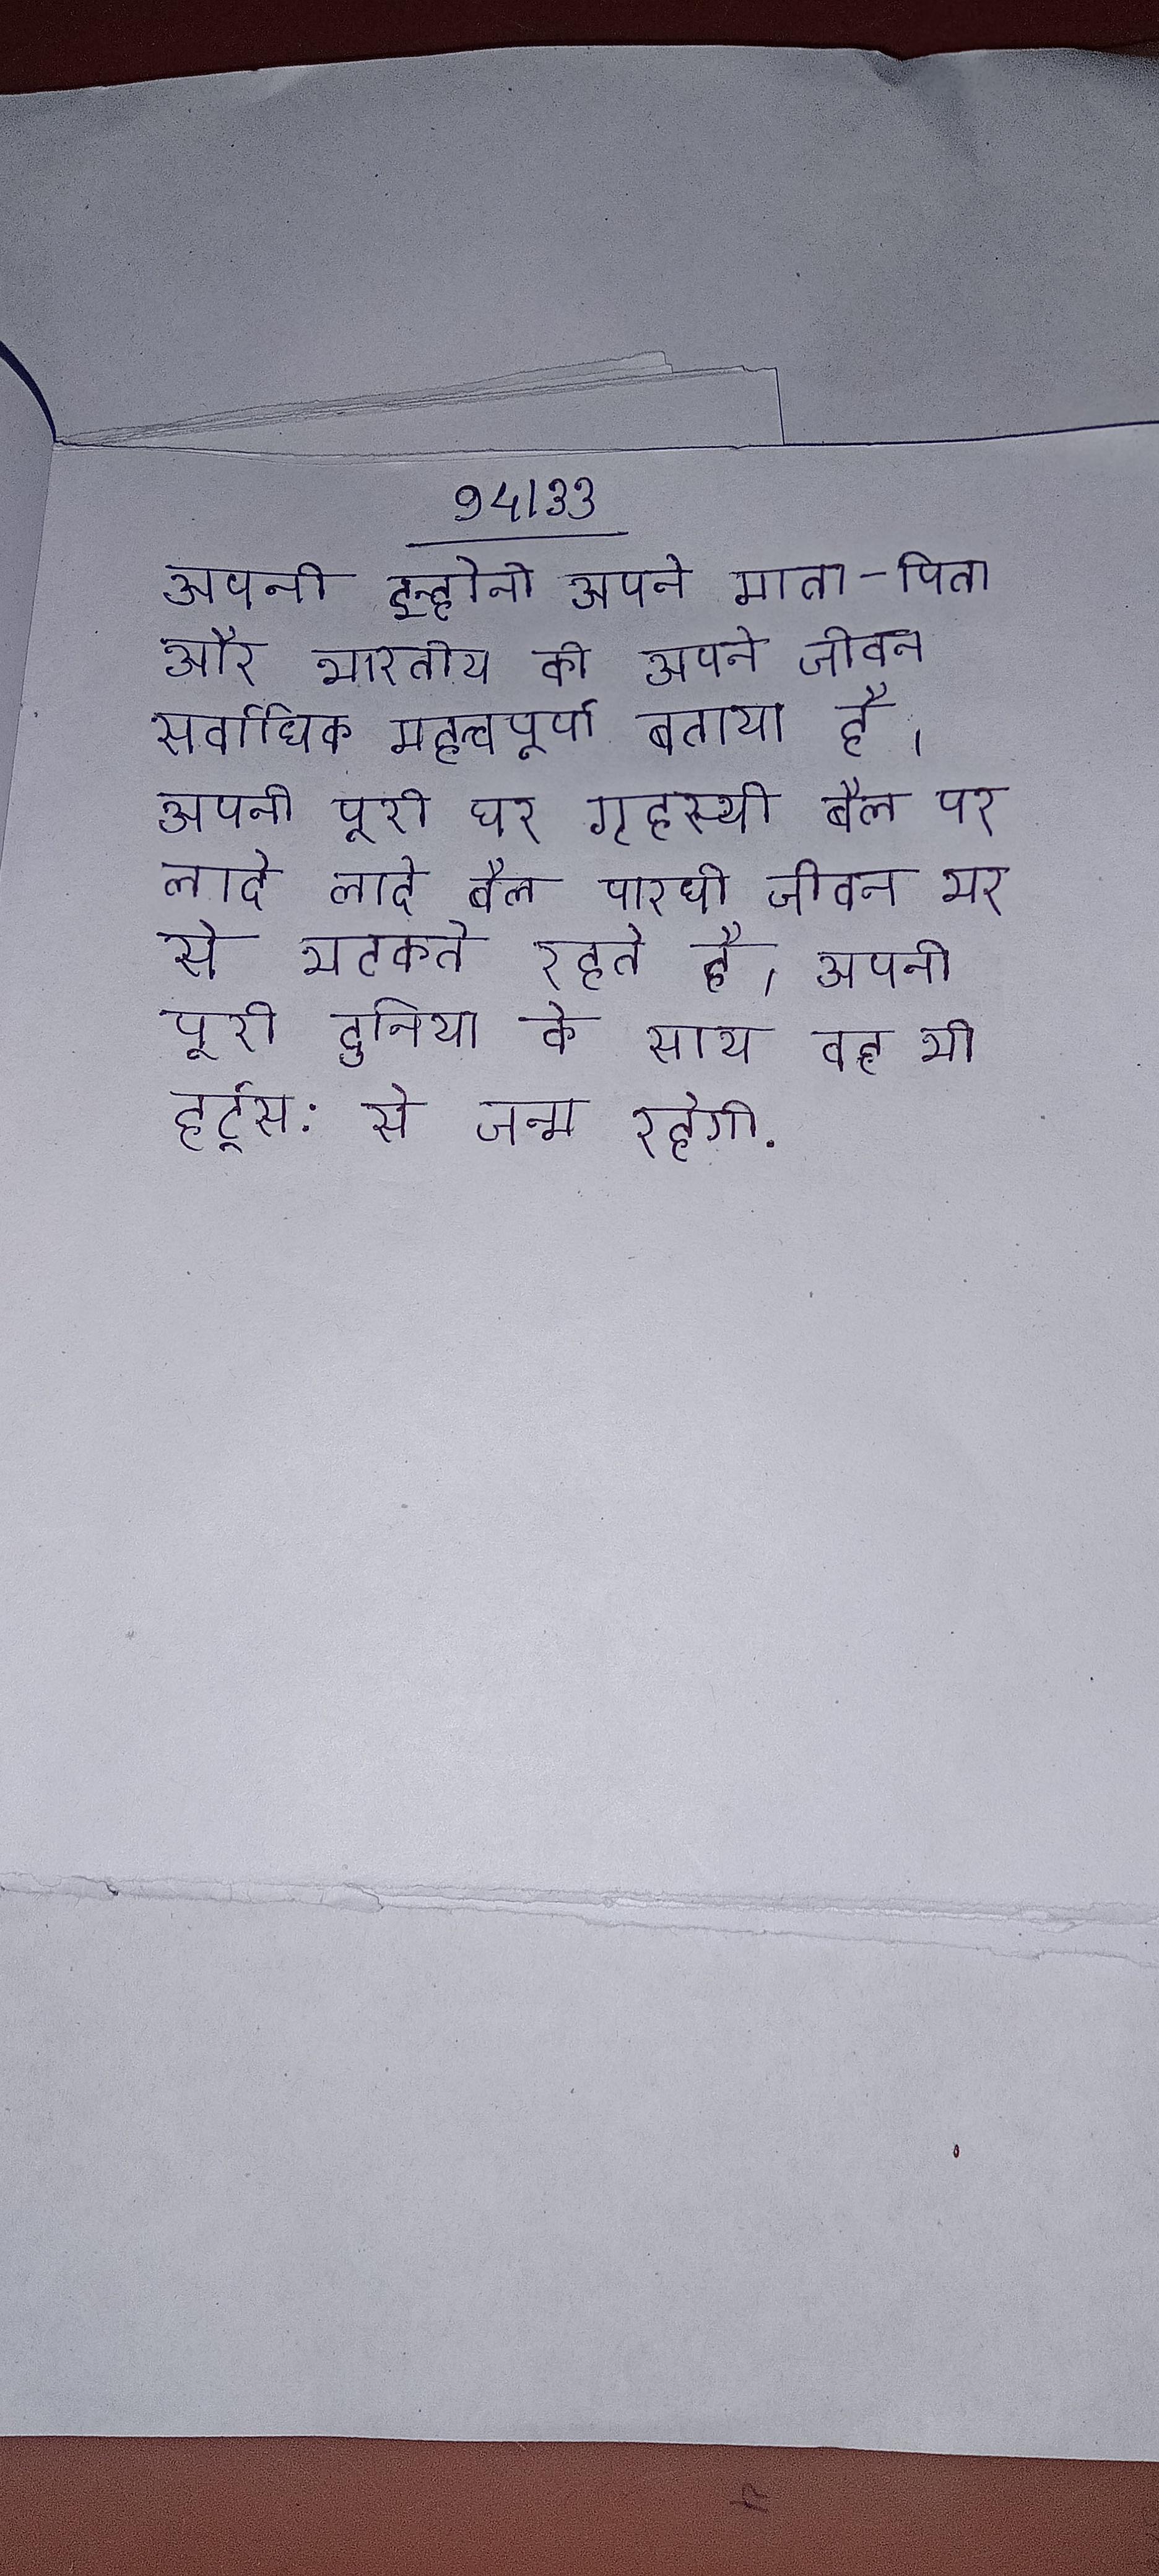
अपनी इन्होने अपने माता-पिता और भारतीय को अपने जीवन सर्वाधिक महत्वपूर्ण बताया है । अपनी पूरी घर गृहस्थी बैल पर लादे लादे बैल पारधी जीवन भर से भटकते रहते है । अपनी पूरी दुनिया के साथ वह भी हर्ट्स: से जन्म रहेगी .